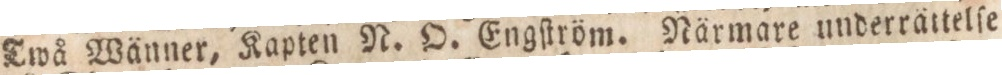
Twå Wänner, Kapten N. O. Engſtröm. Närmare underrättelſe